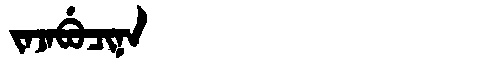
Manchu: ᠵᠠᠵᠠᠪᡠᠴᡳᠨᠠ
Romanization: JAJABUCINA